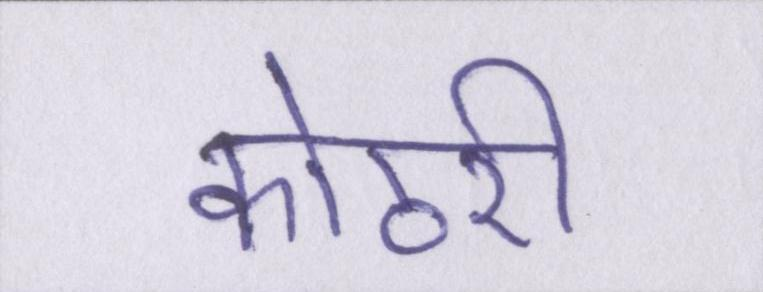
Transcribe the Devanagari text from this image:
कोठरी